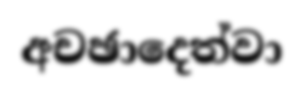
අචඡාදෙත්වා